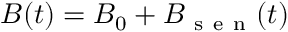
B ( t ) = B _ { 0 } + B _ { \mathrm { ~ s ~ e ~ n ~ } } ( t )